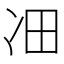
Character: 𪞛